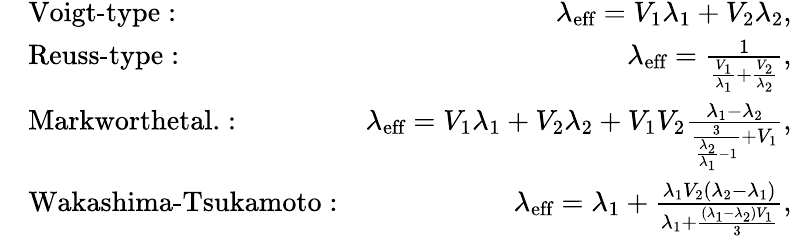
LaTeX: \begin{array}{rlr}&{\textrm{Voigt-type}:}&{\lambda_{\textrm{eff}}=V_{1}\lambda_{1}+V_{2}\lambda_{2},}\\ &{\textrm{Reuss-type}:}&{\lambda_{\textrm{eff}}=\frac{1}{\frac{V_{1}}{\lambda_{1}}+\frac{V_{2}}{\lambda_{2}}},}\\ &{\textrm{Markworthetal.}:}&{\lambda_{\textrm{eff}}=V_{1}\lambda_{1}+V_{2}\lambda_{2}+V_{1}V_{2}\frac{\lambda_{1}-\lambda_{2}}{\frac{3}{\frac{\lambda_{2}}{\lambda_{1}}-1}+V_{1}},}\\ &{\textrm{Wakashima-Tsukamoto}:}&{\lambda_{\textrm{eff}}=\lambda_{1}+\frac{\lambda_{1}V_{2}(\lambda_{2}-\lambda_{1})}{\lambda_{1}+\frac{(\lambda_{1}-\lambda_{2})V_{1}}{3}},}\end{array}